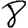
Digit: 8